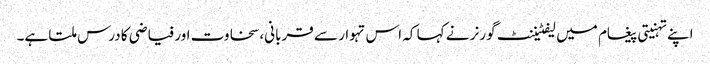
اپنے تہنیتی پیغام میں لیفٹیننٹ گورنر نے کہا کہ اس تہوار سے قربانی، سخاوت اور فیاضی کا درس ملتا ہے۔